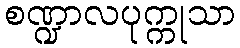
စဏ္ဍာလပုက္ကုသာ